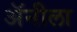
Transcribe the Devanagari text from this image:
अॅनीला